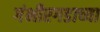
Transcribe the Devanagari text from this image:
गंभीरगडाच्या